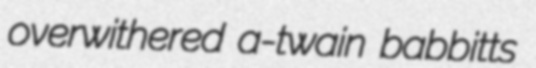
overwithered a-twain babbitts